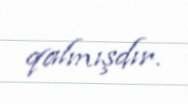
qalmışdır.